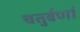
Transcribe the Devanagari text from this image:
चतुर्वर्णा